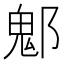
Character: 𨝀